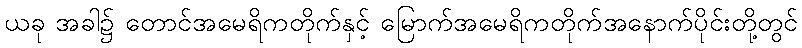
ယခု အခါ၌ တောင်အမေရိကတိုက်နှင့် မြောက်အမေရိကတိုက်အနောက်ပိုင်းတို့တွင်